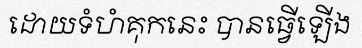
ដោយទំហំគុកនេះ បានធ្វើឡើង